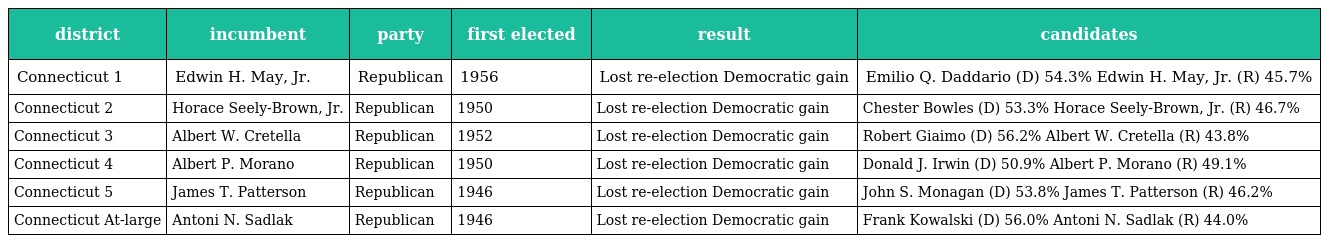
| district | incumbent | party | first elected | result | candidates |
 | --- | --- | --- | --- | --- | --- |
 | Connecticut 1 | Edwin H. May, Jr. | Republican | 1956 | Lost re-election Democratic gain | Emilio Q. Daddario (D) 54.3% Edwin H. May, Jr. (R) 45.7% |
 | Connecticut 2 | Horace Seely-Brown, Jr. | Republican | 1950 | Lost re-election Democratic gain | Chester Bowles (D) 53.3% Horace Seely-Brown, Jr. (R) 46.7% |
 | Connecticut 3 | Albert W. Cretella | Republican | 1952 | Lost re-election Democratic gain | Robert Giaimo (D) 56.2% Albert W. Cretella (R) 43.8% |
 | Connecticut 4 | Albert P. Morano | Republican | 1950 | Lost re-election Democratic gain | Donald J. Irwin (D) 50.9% Albert P. Morano (R) 49.1% |
 | Connecticut 5 | James T. Patterson | Republican | 1946 | Lost re-election Democratic gain | John S. Monagan (D) 53.8% James T. Patterson (R) 46.2% |
 | Connecticut At-large | Antoni N. Sadlak | Republican | 1946 | Lost re-election Democratic gain | Frank Kowalski (D) 56.0% Antoni N. Sadlak (R) 44.0% |